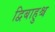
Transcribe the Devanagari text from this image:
द्विबाहुश्च